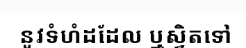
នូវទំហំដដែល ឬស្វិតទៅ